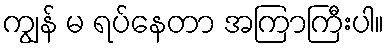
ကျွန် မ ရပ်နေတာ အကြာကြီးပါ။